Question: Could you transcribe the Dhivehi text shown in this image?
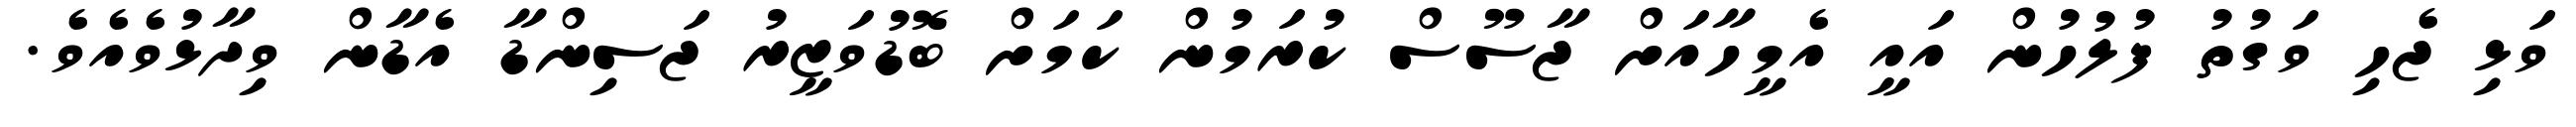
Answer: ވަޅި ޖެހި ވަގުތު ފުލުހުން އައީ އެމީހާއަށް ޖާސޫސް ކުރަމުން ކަމަށް ބޮޑުވަޒީރު ޖަސިންޑާ އެޑާން ވިދާޅުވެއެވެ.